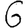
Digit: 6